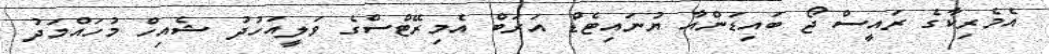
އެމެރިކާގެ ރައީސް ޖޯ ބައިޑަންއާ ޔުނައިޓެޑް އަރަބް އެމިރޭޓްސްގެ ވަލީއަހުދު ޝެއިހް މުހައްމަދު